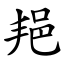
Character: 邫